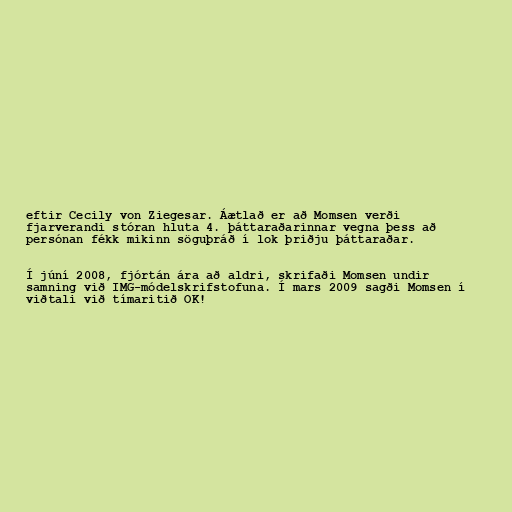
eftir Cecily von Ziegesar. Áætlað er að Momsen verði
fjarverandi stóran hluta 4. þáttaraðarinnar vegna þess að
persónan fékk mikinn söguþráð í lok þriðju þáttaraðar.

Í júní 2008, fjórtán ára að aldri, skrifaði Momsen undir
samning við IMG-módelskrifstofuna. Í mars 2009 sagði Momsen í
viðtali við tímaritið OK!